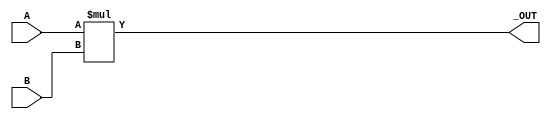
module _AND(_OUT,A,B);
//start
input A,B;
output _OUT;
assign _OUT=A*B;
//esc
endmodule